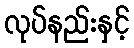
လုပ်နည်းနှင့်